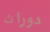
دوران